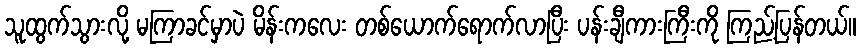
သူထွက်သွားလို့ မကြာခင်မှာပဲ မိန်းကလေး တစ်ယောက်ရောက်လာပြီး ပန်းချီကားကြီးကို ကြည့်ပြန်တယ်။